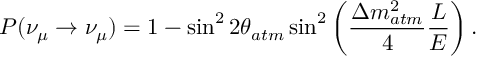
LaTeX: P ( \nu _ { \mu } \rightarrow \nu _ { \mu } ) = 1 - \sin ^ { 2 } { 2 \theta _ { a t m } } \sin ^ { 2 } \left( \frac { \Delta m _ { a t m } ^ { 2 } } { 4 } \frac { L } { E } \right) .